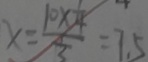
x = \frac { 1 0 \times \frac { 1 } { 4 } } { 3 } = 7 . 5